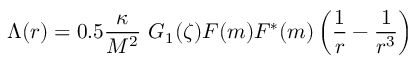
\Lambda ( r ) = 0 . 5 \frac { \kappa } { M ^ { 2 } } ~ G _ { 1 } ( \zeta ) F ( m ) F ^ { * } ( m ) \left( \frac { 1 } { r } - \frac { 1 } { r ^ { 3 } } \right)